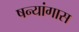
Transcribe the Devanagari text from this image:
षन्यांगास